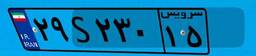
۱۲S۰۶۲۶۳